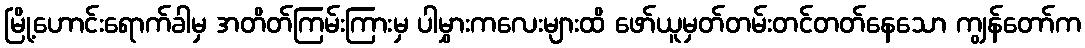
မြို့ဟောင်းရောက်ခါမှ အတိတ်ကြမ်းကြားမှ ပါမွှားကလေးများထိ ဖော်ယူမှတ်တမ်းတင်တတ်နေသော ကျွန်တော်က